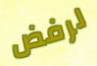
لرفض